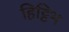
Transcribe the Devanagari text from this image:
हिट्टिभ